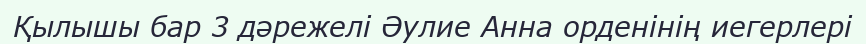
Қылышы бар 3 дәрежелі Әулие Анна орденінің иегерлері